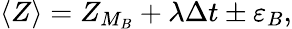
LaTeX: \langle Z\rangle=Z_{M_{B}}+\lambda\Delta t\pm\varepsilon_{B},